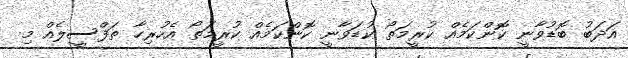
އަދަބު ބޮޑުވާނީ ކޮންކަމެއް ކުރީމަތޯ ކުޑަވާނީ ކޮންކަމެއް ކުރީމަތޯ އެހުރިހާ ތަފްސީލެއް މި